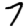
Digit: 7